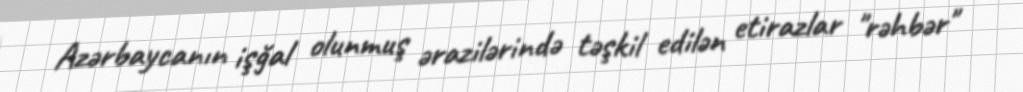
Azərbaycanın işğal olunmuş ərazilərində təşkil edilən etirazlar "rəhbər"